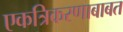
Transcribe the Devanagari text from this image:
एकत्रिकरणाबाबत